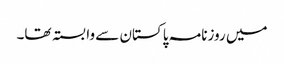
میں روزنامہ پاکستان سے وابستہ تھا۔